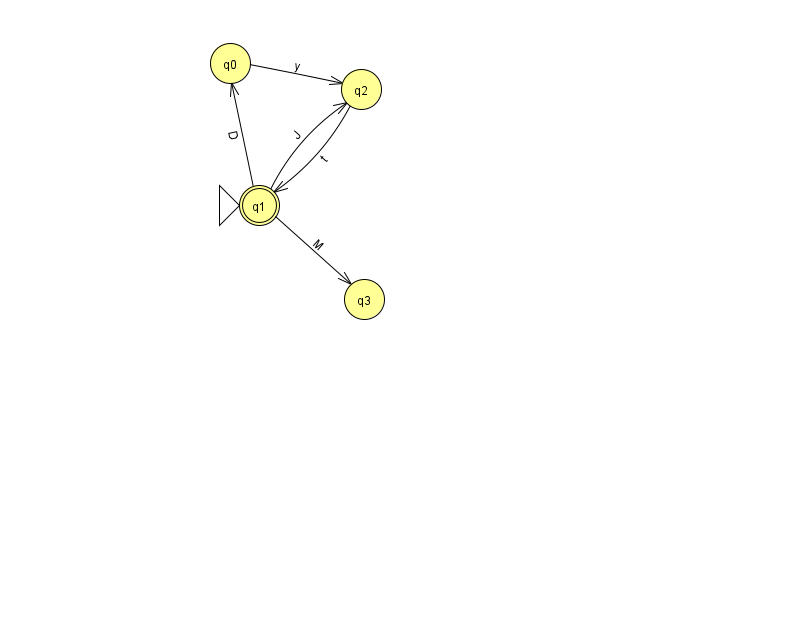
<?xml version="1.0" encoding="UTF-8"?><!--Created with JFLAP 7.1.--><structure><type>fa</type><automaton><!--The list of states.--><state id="0" name="q0"><x>230.0</x><y>50.0</y></state><state id="1" name="q1"><x>259.0</x><y>192.0</y><initial/><final/></state><state id="2" name="q2"><x>361.0</x><y>76.0</y></state><state id="3" name="q3"><x>364.0</x><y>286.0</y></state><!--The list of transitions.--><transition><from>1</from><to>2</to><read>J</read></transition><transition><from>1</from><to>3</to><read>M</read></transition><transition><from>2</from><to>1</to><read>t</read></transition><transition><from>1</from><to>0</to><read>D</read></transition><transition><from>0</from><to>2</to><read>y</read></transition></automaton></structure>